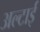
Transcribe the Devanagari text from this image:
अल्टाई